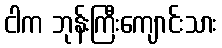
ငါက ဘုန်းကြီးကျောင်းသား